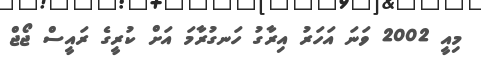
މިއީ 2002 ވަނަ އަހަރު އިރާގު ހަނގުރާމަ އަށް ކުރީގެ ރައީސް ޖޯޖް